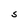
Character: S